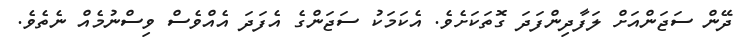
ދޭން ސަޖަންއަށް ލަފާދިންފަދަ ގޮތަކަށެވެ. އެކަމަކު ސަޖަންގެ އެފަދަ އެއްވެސް ވިސްނުމެއް ނެތެވެ.